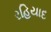
રહિયાદ